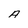
Character: A